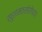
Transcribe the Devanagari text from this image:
खुशामतखोरीच्या